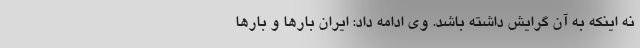
نه اینکه به آن گرایش داشته باشد. وی ادامه داد: ایران بارها و بارها